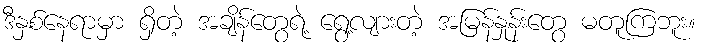
ဒီနှစ်နေရာမှာ ရှိတဲ့ အချိန်တွေရဲ့ ရွေ့လျားတဲ့ အမြန်နှုန်းတွေ မတူကြဘူး။